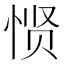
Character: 𱞠